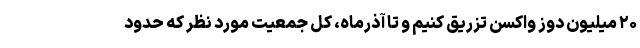
۲۰ میلیون دوز واکسن تزریق کنیم و تا آذرماه، کل جمعیت مورد نظر که حدود